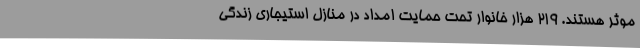
موثر هستند. 219 هزار خانوار تحت حمایت امداد در منازل استیجاری زندگی